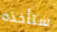
ستأخذه